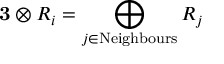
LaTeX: { \bf 3 } \otimes R _ { i } = \bigoplus _ { j \in \mathrm { N e i g h b o u r s } } R _ { j }